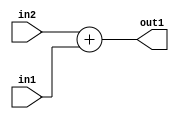
`timescale 1ps / 1ps
/*****************************************************************************
    Verilog RTL Description
    
    
    Created by: Stratus DpOpt 2019.1.01 
*******************************************************************************/

module ColorTransform_Add_18Ux17U_19U_4 (
	in2,
	in1,
	out1
	); /* architecture "behavioural" */ 
input [17:0] in2;
input [16:0] in1;
output [18:0] out1;
wire [18:0] asc001;

assign asc001 = 
	+(in2)
	+(in1);

assign out1 = asc001;
endmodule

/* CADENCE  ubH1Sg8= : u9/ySgnWtBlWxVPRXgAZ4Og= ** DO NOT EDIT THIS LINE ******/